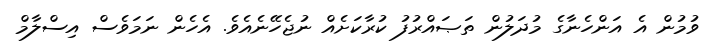
ވުމުން އެ އަންހެނާގެ މުދަލުން ތަޞައްރުފު ކުރާކަށެއް ނުޖެހޭނެއެވެ. އެހެން ނަމަވެސް އިސްލާމް